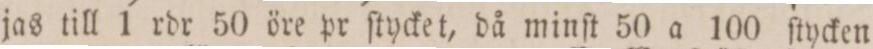
jas till 1 rdr 50 öre pr ſtycket, då minſt 50 a 100 ſtycken